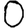
Digit: 0